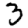
Digit: 3